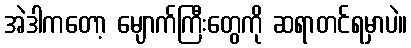
အဲဒါကတော့ မျောက်ကြီးတွေကို ဆရာတင်ရမှာပဲ။